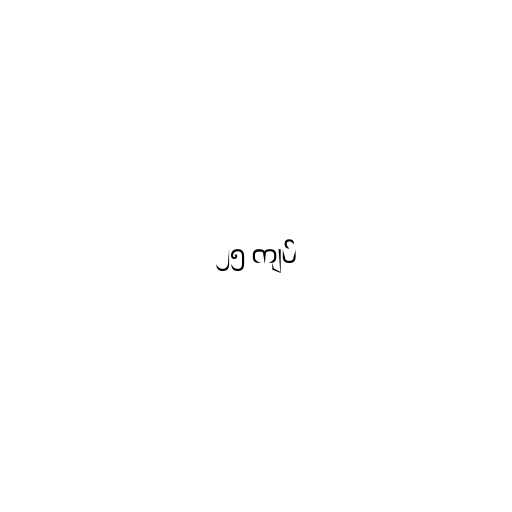
၂၅ ကျပ်